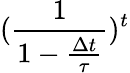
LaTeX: (\frac{1}{1-\frac{\Delta t}{\tau}})^{t}